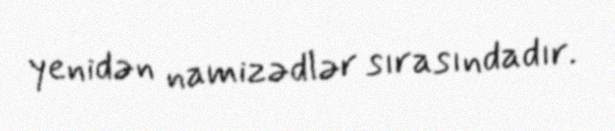
yenidən namizədlər sırasındadır.